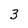
Character: 3